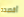
أقصده